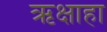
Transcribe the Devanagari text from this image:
ऋक्षाहा